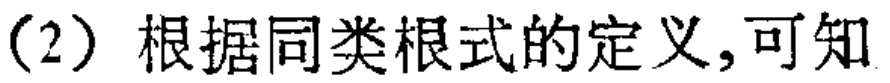
（2）根据同类根式的定义,可知